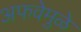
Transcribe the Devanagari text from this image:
अफवेमुळे